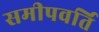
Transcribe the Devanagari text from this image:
समीपवर्ति